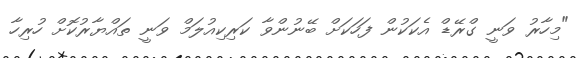
"މިހާރު ވަނީ ގްރޭޑް އެކަކުން ފަހަކަށް ބޭނުންވާ ކަރިކިއުލަމް ވަނީ ތައްޔާރުކޮށް ހުރިހާ